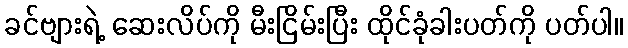
ခင်ဗျားရဲ့ ဆေးလိပ်ကို မီးငြိမ်းပြီး ထိုင်ခုံခါးပတ်ကို ပတ်ပါ။